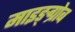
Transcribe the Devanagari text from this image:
माइङ्ग्रोब